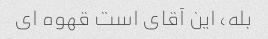
بله، این آقای است قهوه ای